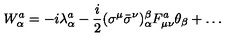
W _ { \alpha } ^ { a } = - i { \lambda } _ { \alpha } ^ { a } - \frac { i } { 2 } ( { \sigma } ^ { \mu } { \bar { \sigma } } ^ { \nu } ) _ { \alpha } ^ { \beta } F _ { \mu \nu } ^ { a } { \theta } _ { \beta } + \dots